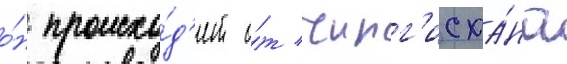
о́н происхо́д'ит о́т чинг'исха́на